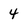
Character: 4